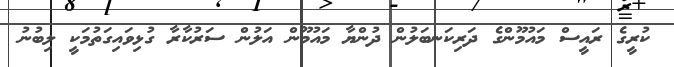
ކުރީގެ ރައީސް މައުމޫންގެ ދަރިކަނބަލުން ދުންޔާ މައުމޫން އަލުން ސަރުކާރާ ގުޅިވަައިގަތުމަކީ ލިބުނު